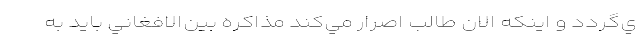
ي‌گردد و اينكه الان طالب اصرار مي‌كند مذاكره بين‌الافغاني بايد به